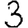
Digit: 3